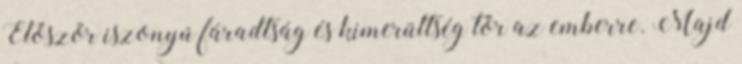
Először iszonyú fáradtság és kimerültség tör az emberre. Majd